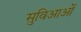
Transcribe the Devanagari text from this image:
सुविआओं